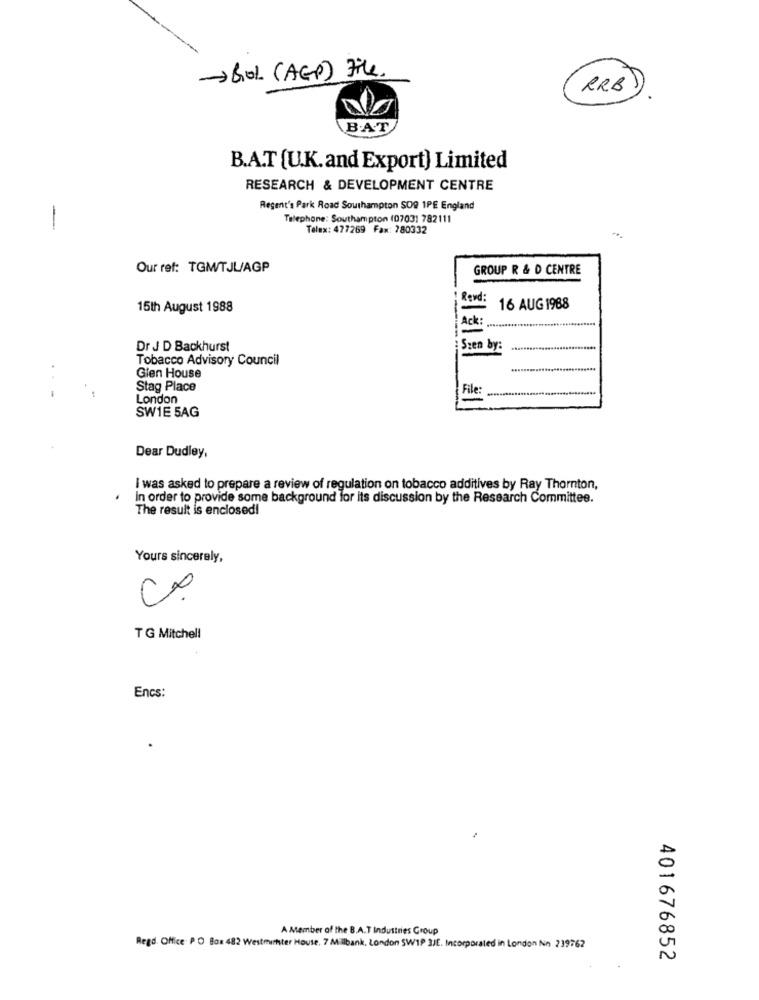
->BOL (AGP) file.
RRB
BAT
B.A.T [U.K.and Export) Limited
RESEARCH & DEVELOPMENT CENTRE
Regent's Park Road Southampton SOQ 1PE England
Telephone: Southampton (0703) 782111
-
Telex: 477269 Fax: 780332
Our ref: TGMW/TJL/AGP
GROUP R & D CENTRE
Rend
15th August 1988
16 AUG 1988
Ack
Dr J D Backhurst
Szen by:
Tobacco Advisory Council
Gien House
Stag Place
File:
London
SW1E 5AG
Dear Dudley,
I was asked to prepare a review of regulation on tobacco additives by Ray Thornton,
In order to provide some background for its discussion by the Research Committee.
The result is enclosed!
Yours sincerely,
T G Mitchel!
Encs:
A Member of the B.A.T Industries Group
Regd. Office PO Box 482 Westminster House. 7 Millbank, London SW1P 3JE. Incorporated in London No 239762
401676852